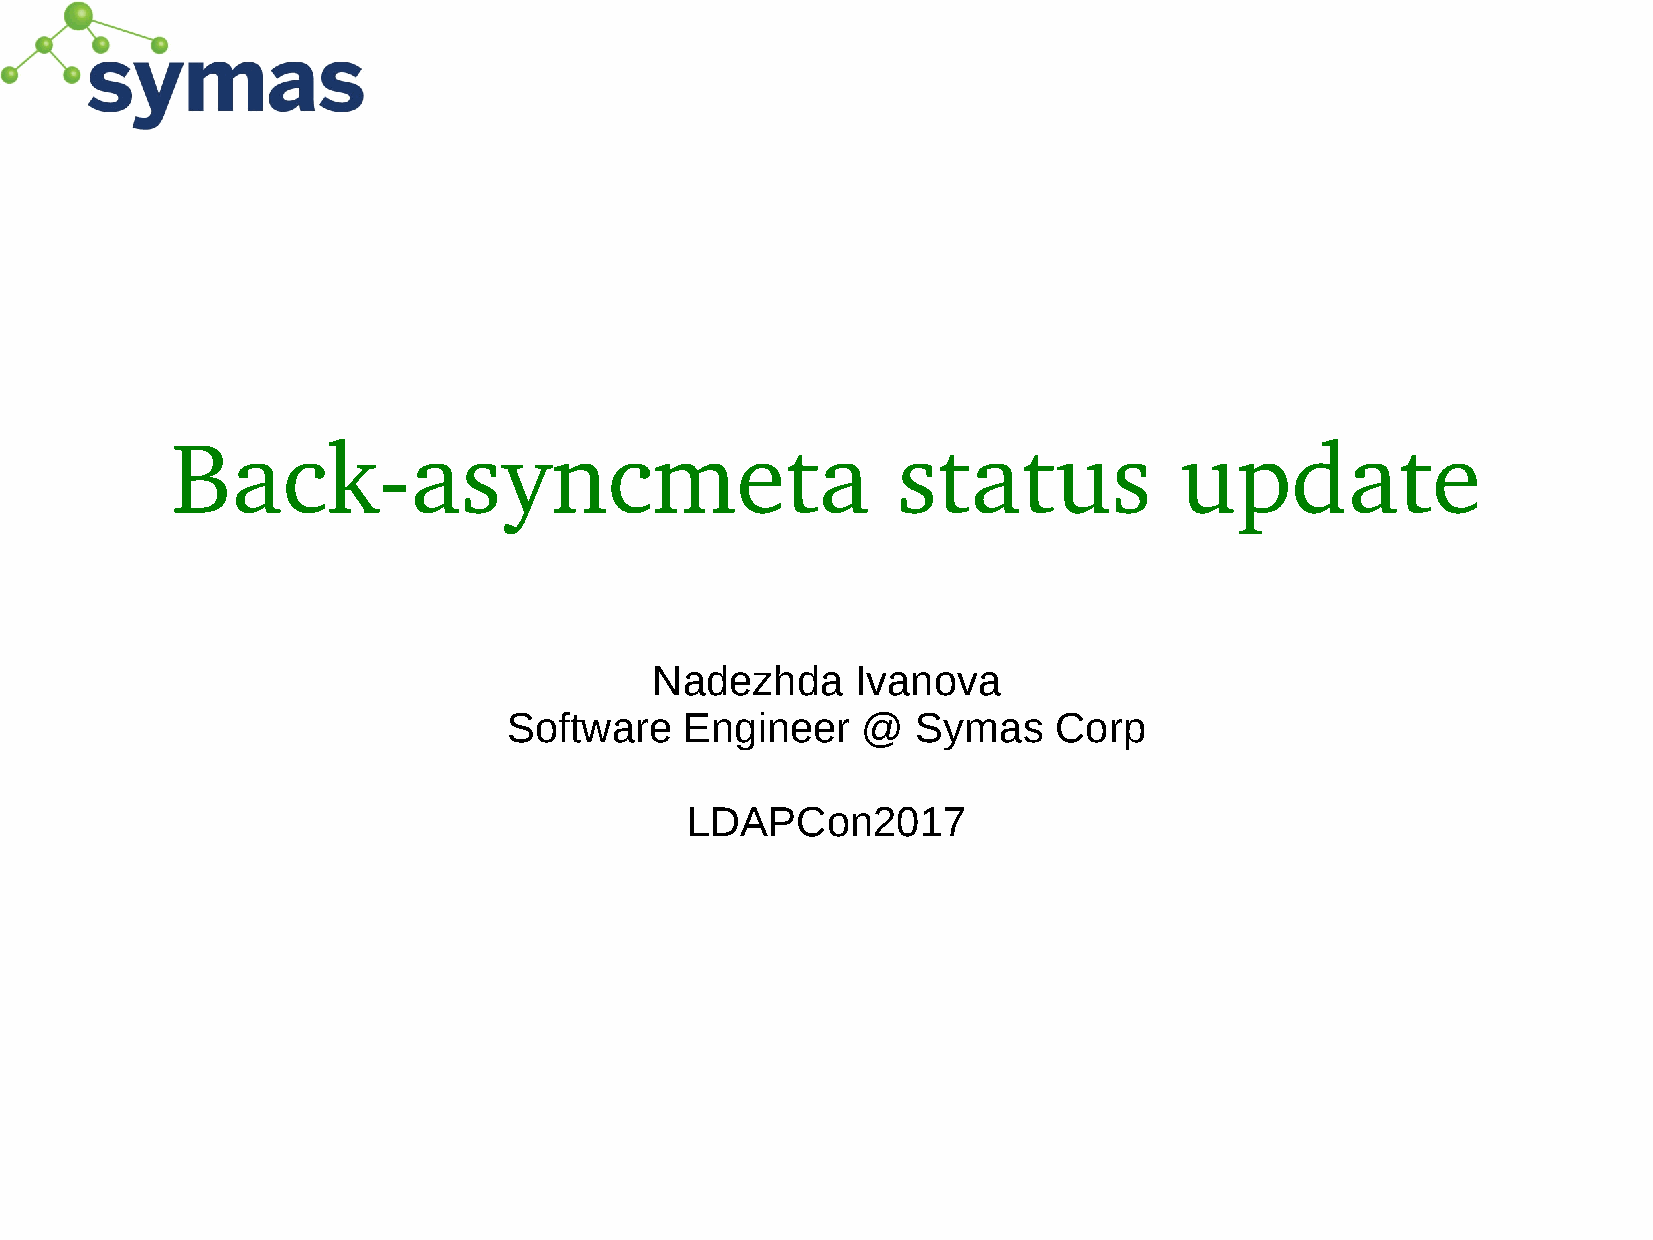
Back­asyncmeta                                  status             update
 Nadezhda      Ivanova
 Software   Engineer    @   Symas    Corp
 LDAPCon2017